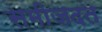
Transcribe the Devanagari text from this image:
समीजदत